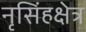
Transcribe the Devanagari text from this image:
नृसिंहक्षेत्र